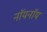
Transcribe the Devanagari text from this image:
नॉयनॉय